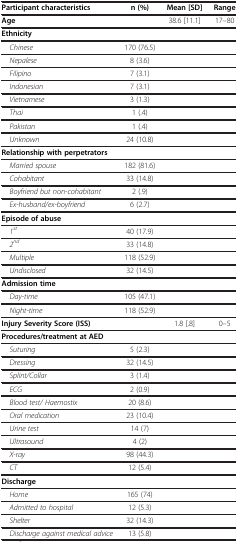
<table><thead><tr><td><b>Participant characteristics</b></td><td><b>n (%)</b></td><td><b>Mean [SD]</b></td><td><b>Range</b></td></tr></thead><tbody><tr><td><b>Age</b></td><td> </td><td>38.6 [11.1]</td><td>17–80</td></tr><tr><td><b>Ethnicity</b></td><td> </td><td> </td><td> </td></tr><tr><td> <i>Chinese</i></td><td>170 (76.5)</td><td> </td><td> </td></tr><tr><td> <i>Nepalese</i></td><td>8 (3.6)</td><td> </td><td> </td></tr><tr><td> <i>Filipino</i></td><td>7 (3.1)</td><td> </td><td> </td></tr><tr><td> <i>Indonesian</i></td><td>7 (3.1)</td><td> </td><td> </td></tr><tr><td> <i>Vietnamese</i></td><td>3 (1.3)</td><td> </td><td> </td></tr><tr><td> <i>Thai</i></td><td>1 (.4)</td><td> </td><td> </td></tr><tr><td> <i>Pakistan</i></td><td>1 (.4)</td><td> </td><td> </td></tr><tr><td> <i>Unknown</i></td><td>24 (10.8)</td><td> </td><td> </td></tr><tr><td><b>Relationship with perpetrators</b></td><td> </td><td> </td><td> </td></tr><tr><td> <i>Married spouse</i></td><td>182 (81.6)</td><td> </td><td> </td></tr><tr><td> <i>Cohabitant</i></td><td>33 (14.8)</td><td> </td><td> </td></tr><tr><td> <i>Boyfriend but non-cohabitant</i></td><td>2 (.9)</td><td> </td><td> </td></tr><tr><td> <i>Ex-husband/ex-boyfriend</i></td><td>6 (2.7)</td><td> </td><td> </td></tr><tr><td><b>Episode of abuse</b></td><td> </td><td> </td><td> </td></tr><tr><td> <i>1</i><sup><i>st</i></sup></td><td>40 (17.9)</td><td> </td><td> </td></tr><tr><td> <i>2</i><sup><i>nd</i></sup></td><td>33 (14.8)</td><td> </td><td> </td></tr><tr><td> <i>Multiple</i></td><td>118 (52.9)</td><td> </td><td> </td></tr><tr><td> <i>Undisclosed</i></td><td>32 (14.5)</td><td> </td><td> </td></tr><tr><td><b>Admission time</b></td><td> </td><td> </td><td> </td></tr><tr><td> <i>Day-time</i></td><td>105 (47.1)</td><td> </td><td> </td></tr><tr><td> <i>Night-time</i></td><td>118 (52.9)</td><td> </td><td> </td></tr><tr><td><b>Injury Severity Score (ISS)</b></td><td> </td><td>1.8 [.8]</td><td>0–5</td></tr><tr><td><b>Procedures/treatment at AED</b></td><td> </td><td> </td><td> </td></tr><tr><td> <i>Suturing</i></td><td>5 (2.3)</td><td> </td><td> </td></tr><tr><td> <i>Dressing</i></td><td>32 (14.5)</td><td> </td><td> </td></tr><tr><td> <i>Splint/Collar</i></td><td>3 (1.4)</td><td> </td><td> </td></tr><tr><td> <i>ECG</i></td><td>2 (0.9)</td><td> </td><td> </td></tr><tr><td> <i>Blood test/ Haemostix</i></td><td>20 (8.6)</td><td> </td><td> </td></tr><tr><td> <i>Oral medication</i></td><td>23 (10.4)</td><td> </td><td> </td></tr><tr><td> <i>Urine test</i></td><td>14 (7)</td><td> </td><td> </td></tr><tr><td> <i>Ultrasound</i></td><td>4 (2)</td><td> </td><td> </td></tr><tr><td> <i>X-ray</i></td><td>98 (44.3)</td><td> </td><td> </td></tr><tr><td> <i>CT</i></td><td>12 (5.4)</td><td> </td><td> </td></tr><tr><td><b>Discharge</b></td><td> </td><td> </td><td> </td></tr><tr><td> <i>Home</i></td><td>165 (74)</td><td> </td><td> </td></tr><tr><td> <i>Admitted to hospital</i></td><td>12 (5.3)</td><td> </td><td> </td></tr><tr><td> <i>Shelter</i></td><td>32 (14.3)</td><td> </td><td> </td></tr><tr><td> <i>Discharge against medical advice</i></td><td>13 (5.8)</td><td> </td><td> </td></tr></tbody></table>